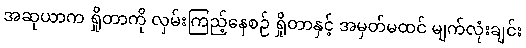
အဆုယာက ရှိုတာကို လှမ်းကြည့်နေစဉ် ရှိုတာနှင့် အမှတ်မထင် မျက်လုံးချင်း